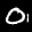
Label: 0